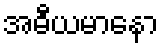
အဓီယမာနော